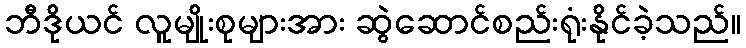
ဘီဒိုယင် လူမျိုးစုများအား ဆွဲဆောင်စည်းရုံးနိုင်ခဲ့သည်။